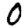
Digit: 0